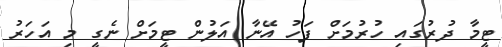
ޓީމާ ދުރުގައި ހުރުމަށް ފަހު އޭނާ އަލުން ޓީމަށް ނެގީ މި އަހަރު